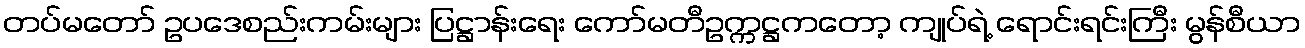
တပ်မတော် ဥပဒေစည်းကမ်းများ ပြဋ္ဌာန်းရေး ကော်မတီဥက္ကဋ္ဌကတော့ ကျုပ်ရဲ့ ရောင်းရင်းကြီး မွန်စီယာ